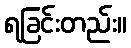
ရခြင်းတည်း။